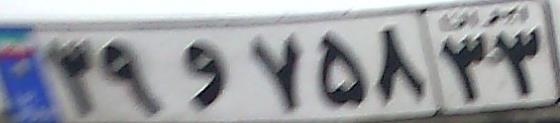
۳۹و۷۵۸۳۳